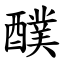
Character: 醭